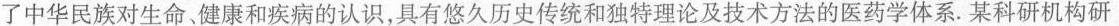
了中华民族对生命、健康和疾病的认识，具有悠久历史传统和独特理论及技术方法的医药学体系。某科研机构研